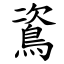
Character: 䳐